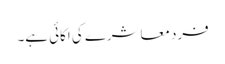
فرد معاشرے کی اکائی ہے۔